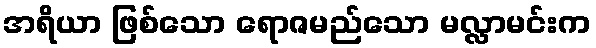
အရိယာ ဖြစ်သော ရောဇမည်သော မလ္လာမင်းက